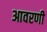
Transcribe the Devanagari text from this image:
आवरणी